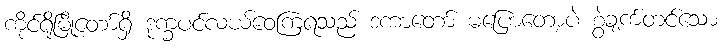
ကိုင်ရိုမြို့တော်ရှိ ဒုက္ခပင်လယ်ဝေကြရသည် ဒကာတော် မပြောတော့ပဲ စွဲချက်တင်သော